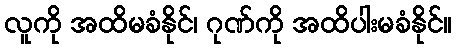
လူကို အထိမခံနိုင်၊ ဂုဏ်ကို အထိပါးမခံနိုင်။